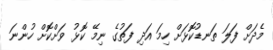
މެދަށް ފަލަ ތަނޑުކޮޅަށް ހިމަ އަދި ފަތުގެ ނިމޭ ކޮޅު ވަށްކޮށް ހުންނަ